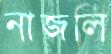
নাজলি